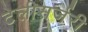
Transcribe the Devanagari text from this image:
टेलीसर्जरी